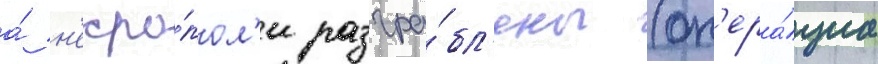
а́ н'екро́пол'и разгра́бл'ены (оп'ера́циа